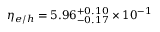
\eta _ { e / h } = 5 . 9 6 _ { - 0 . 1 7 } ^ { + 0 . 1 0 } \times 1 0 ^ { - 1 }